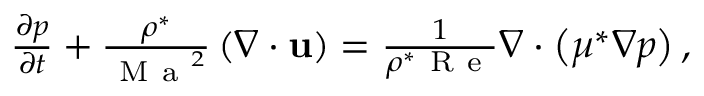
\begin{array} { r } { \frac { \partial p } { \partial t } + \frac { \rho ^ { * } } { { \mathrm { ~ M ~ a ~ } } ^ { 2 } } \left( \nabla \cdot \mathbf { u } \right) = \frac { 1 } { \rho ^ { * } \mathrm { ~ R ~ e ~ } } \nabla \cdot \left( \mu ^ { * } \nabla p \right) , } \end{array}